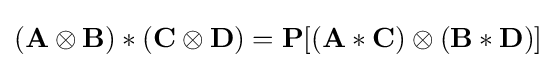
(\mathbf {A} \otimes \mathbf {B} )\ast (\mathbf {C} \otimes \mathbf {D} )=\mathbf {P} [(\mathbf {A} \ast \mathbf {C} )\otimes (\mathbf {B} \ast \mathbf {D} )]